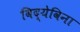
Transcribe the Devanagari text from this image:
विद्येविना